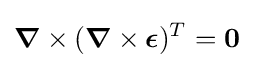
{\boldsymbol {\nabla }}\times ({\boldsymbol {\nabla }}\times {\boldsymbol {\epsilon }})^{T}={\boldsymbol {0}}